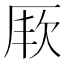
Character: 𭆇